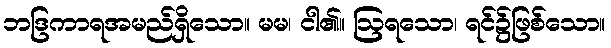
ဘဒြကာရအမည်ရှိသော။ မမ၊ ငါ၏။ ဩရသော၊ ရင်၌ဖြစ်သော။